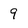
Character: 9